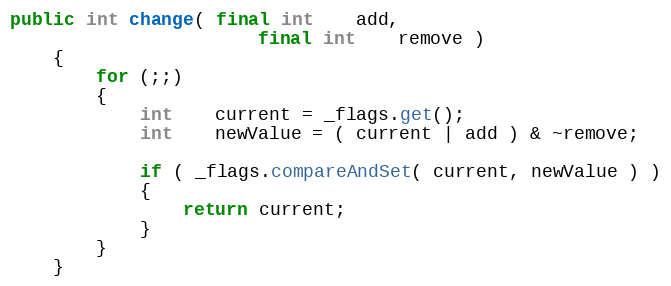
Language: Java
public int change( final int    add,
                       final int    remove )
    {
        for (;;)
        {
            int    current = _flags.get();
            int    newValue = ( current | add ) & ~remove;

            if ( _flags.compareAndSet( current, newValue ) )
            {
                return current;
            }
        }
    }